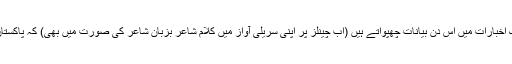
ایک سوال یہ بھی ہے کہ بھونپو نما لوگ اخبارات میں اس دن بیانات چھپواتے ہیں (اب چینلز پر اپنی سریلی آواز میں کلام شاعر بزبان شاعر کی صورت میں بھی) کہ پاکستان قیامت تک قائم رہنے کے لئے بنا ہے۔